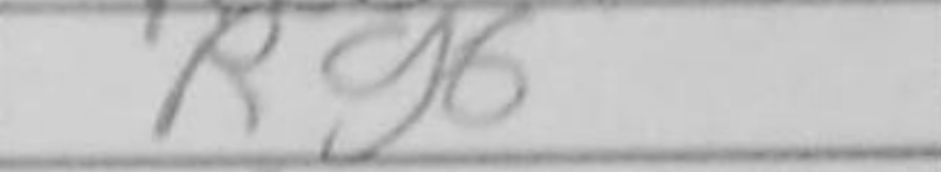
Transcription: Rg6